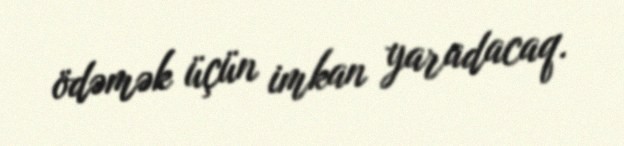
ödəmək üçün imkan yaradacaq.